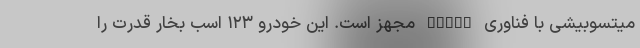
میتسوبیشی با فناوری MIVEC مجهز است. این خودرو ۱۲۳ اسب بخار قدرت را